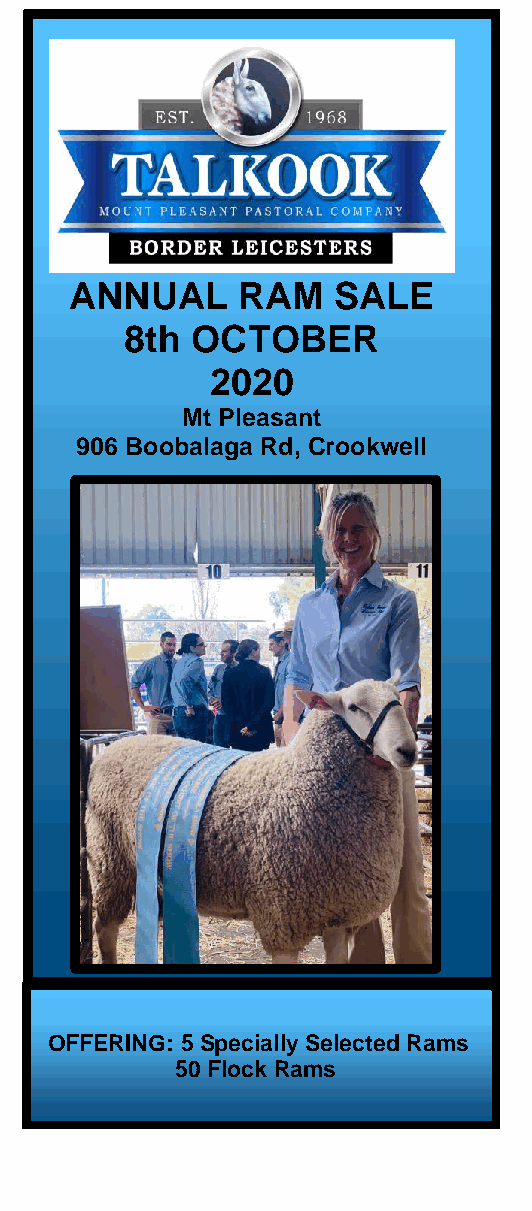
ANNUAL     RAM   SALE
 8th  OCTOBER
 2020
 Mt Pleasant
 906 Boobalaga Rd, Crookwell
 OFFERING: 5 Specially Selected Rams
 50 Flock Rams